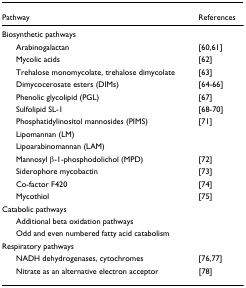
<table><thead><tr><td><b>Pathway</b></td><td><b>References</b></td></tr></thead><tbody><tr><td colspan="2">Biosynthetic pathways</td></tr><tr><td> Arabinogalactan</td><td>[60,61]</td></tr><tr><td> Mycolic acids</td><td>[62]</td></tr><tr><td> Trehalose monomycolate, trehalose dimycolate</td><td>[63]</td></tr><tr><td> Dimycocerosate esters (DIMs)</td><td>[64-66]</td></tr><tr><td> Phenolic glycolipid (PGL)</td><td>[67]</td></tr><tr><td> Sulfolipid SL-1</td><td>[68-70]</td></tr><tr><td> Phosphatidylinositol mannosides (PIMS)</td><td>[71]</td></tr><tr><td> Lipomannan (LM)</td><td></td></tr><tr><td> Lipoarabinomannan (LAM)</td><td></td></tr><tr><td> Mannosyl β-1-phosphodolichol (MPD)</td><td>[72]</td></tr><tr><td> Siderophore mycobactin</td><td>[73]</td></tr><tr><td> Co-factor F420</td><td>[74]</td></tr><tr><td> Mycothiol</td><td>[75]</td></tr><tr><td colspan="2">Catabolic pathways</td></tr><tr><td> Additional beta oxidation pathways</td><td></td></tr><tr><td> Odd and even numbered fatty acid catabolism</td><td></td></tr><tr><td colspan="2">Respiratory pathways</td></tr><tr><td> NADH dehydrogenases, cytochromes</td><td>[76,77]</td></tr><tr><td> Nitrate as an alternative electron acceptor</td><td>[78]</td></tr></tbody></table>